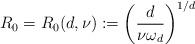
LaTeX: \begin{align*} R_0=R_0(d,\nu):=\left(\frac{d}{\nu \omega_d}\right)^{1/d}\end{align*}